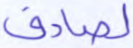
لصادق